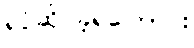
ရင်ဆိုင်ခဲ့ရကြောင်း